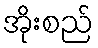
အိုးစည်